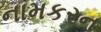
નામકરન